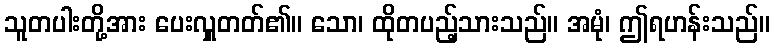
သူတပါးတို့အား ပေးလှူတတ်၏။ သော၊ ထိုတပည့်သားသည်။ အမုံ၊ ဤရဟန်းသည်။